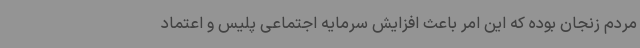
مردم زنجان بوده که این امر باعث افزایش سرمایه اجتماعی پلیس و اعتماد